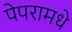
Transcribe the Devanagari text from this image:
पेपरामधे